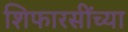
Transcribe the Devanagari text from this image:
शिफारसींच्या